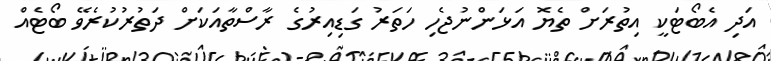
އަދި އެބޯޓަކީ އިތުރަށް ތެޔޮ އަޅަންނުޖެހި ހަތަރު ގަޑިއިރުގެ ރާސްތާއަކަށް ދަތުރުކުރެވޭ ބޯޓެއް